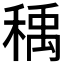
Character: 𰨰